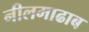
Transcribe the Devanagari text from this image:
नीलमाढाब